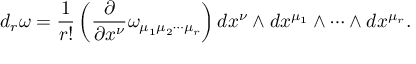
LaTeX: d _ { r } \omega = \frac { 1 } { r ! } \left( \frac { \partial } { \partial x ^ { \nu } } \omega _ { \mu _ { 1 } \mu _ { 2 } \cdots \mu _ { r } } \right) d x ^ { \nu } \wedge d x ^ { \mu _ { 1 } } \wedge \cdots \wedge d x ^ { \mu _ { r } } .